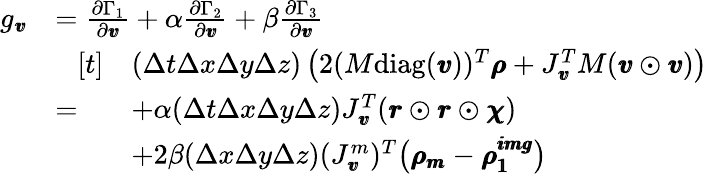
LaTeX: \begin{array}{rl}{g_{\pmb{v}}}&{=\frac{\partial\Gamma_{1}}{\partial\pmb{v}}+\alpha\frac{\partial\Gamma_{2}}{\partial\pmb{v}}+\beta\frac{\partial\Gamma_{3}}{\partial\pmb{v}}}\\ &{=\begin{array}{rl}{[t]}&{(\Delta t\Delta x\Delta y\Delta z)\left(2(M\mathrm{diag}(\pmb{v}))^{T}\pmb{\rho}+J_{\pmb{v}}^{T}M(\pmb{v}\odot\pmb{v})\right)}\\ &{+\alpha(\Delta t\Delta x\Delta y\Delta z)J_{\pmb{v}}^{T}(\pmb{r}\odot\pmb{r}\odot\pmb{\chi})}\\ &{+2\beta(\Delta x\Delta y\Delta z)(J_{\pmb{v}}^{m})^{T}\big(\pmb{\rho_{m}}-\pmb{\rho_{1}^{img}}\big)}\end{array}}\end{array}